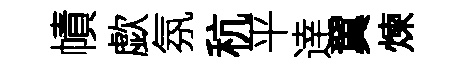
幘歔氛秔平逹翼煉